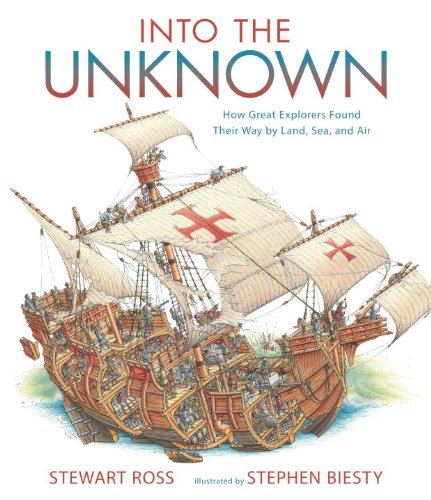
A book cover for Into the Unknown: How Great Explorers Found Their Way by Land, Sea, and Air; Stewart Ross; Children's Books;